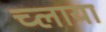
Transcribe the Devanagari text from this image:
च्लाया